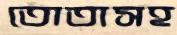
তোতাসহ